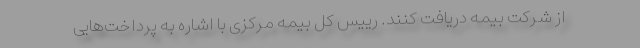
از شرکت بیمه دریافت کنند. رییس کل بیمه مرکزی با اشاره به پرداخت‌هایی